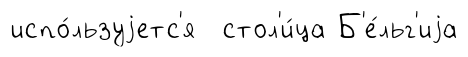
испо́льзуjетс'я стол'и́ца Б'е́льг'иjа